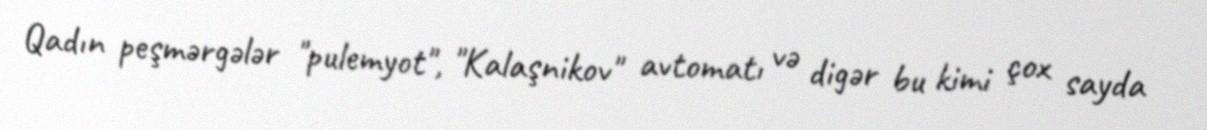
Qadın peşmərgələr "pulemyot", "Kalaşnikov" avtomatı və digər bu kimi çox sayda